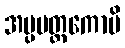
အပ္ပမတ္တကောပိ